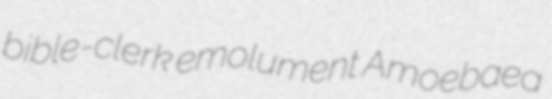
bible-clerk emolument Amoebaea